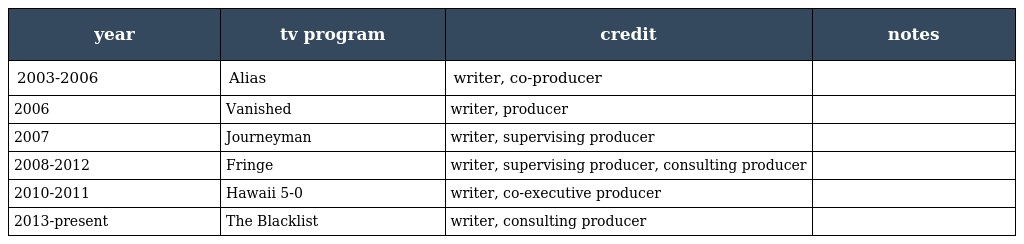
| year | tv program | credit | notes |
 | --- | --- | --- | --- |
 | 2003-2006 | Alias | writer, co-producer |  |
 | 2006 | Vanished | writer, producer |  |
 | 2007 | Journeyman | writer, supervising producer |  |
 | 2008-2012 | Fringe | writer, supervising producer, consulting producer |  |
 | 2010-2011 | Hawaii 5-0 | writer, co-executive producer |  |
 | 2013-present | The Blacklist | writer, consulting producer |  |